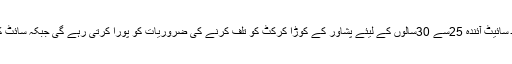
ہمارے نمائندے کے مطابق ٹیم ممبران کو بریفنگ میں بتایا گیا کہ 819کنال پر محیط سائیٹ آئندہ 25سے 30سالوں کے لیئے پشاور کے کوڑا کرکٹ کو تلف کرنے کی ضروریات کو پورا کرتی رہے گی جبکہ سائٹ کو مزید ڈیویلپ کرنے کے لئے اس کے چاروں اطراف باونڈری وال پر کام جاری ہے۔